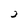
Character: 2